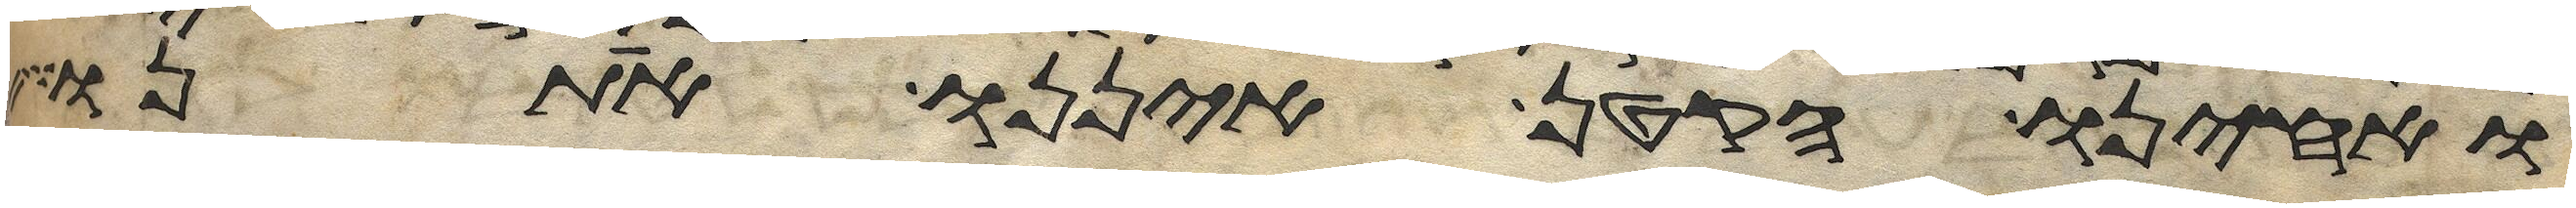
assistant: ואחינו הקטן איננו אתנו